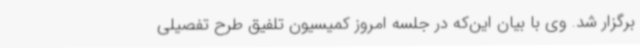
برگزار شد. وی با بیان این‌که در جلسه امروز کمیسیون تلفیق طرح تفصیلی